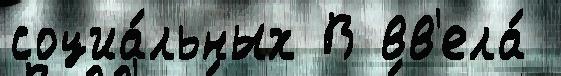
социа́льных В вв'ела́